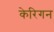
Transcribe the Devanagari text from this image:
केरिगन